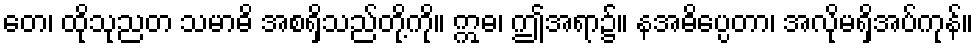
တေ၊ ထိုသုညတ သမာဓိ အစရှိသည်တို့ကို။ ဣဓ၊ ဤအရာ၌။ နအဓိပ္ပေတာ၊ အလိုမရှိအပ်ကုန်။